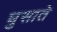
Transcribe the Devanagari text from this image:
घुसाते